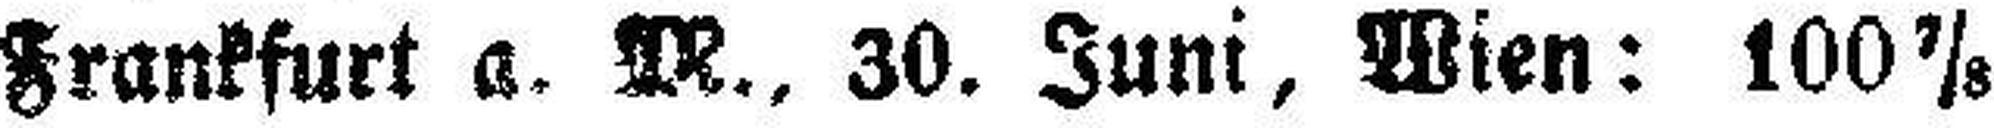
Frankfurt a. M. 30. Juni, Wien: 100 7/8